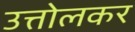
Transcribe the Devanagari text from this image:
उत्तोलकर